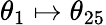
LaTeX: \theta_{1}\mapsto\theta_{25}